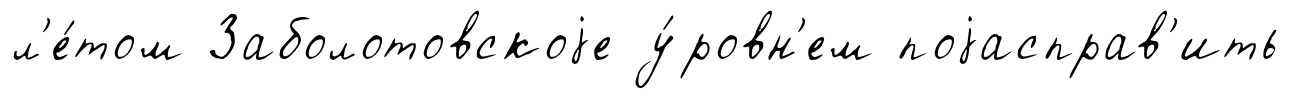
л'е́том Заболотовскоjе у́ровн'ем поjасправ'ить